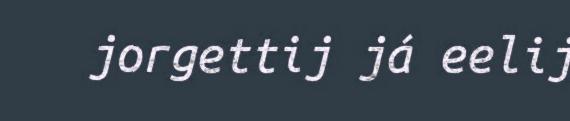
jorgettij já eelij